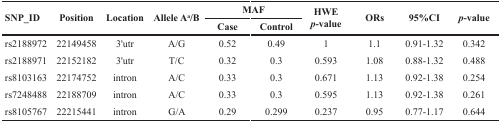
| <ROWSPAN=2> SNP_ID | <ROWSPAN=2> Position | <ROWSPAN=2> Location | <ROWSPAN=2> Allele Aa/B | <COLSPAN=2> MAF | <ROWSPAN=2> HWEp-value | <ROWSPAN=2> ORs | <ROWSPAN=2> 95%CI | <ROWSPAN=2> p-value |
 | Case | Control |
 | --- | --- | --- | --- | --- | --- | --- | --- | --- | --- |
 | rs2188972 | 22149458 | 3′utr | A/G | 0.52 | 0.49 | 1 | 1.1 | 0.91-1.32 | 0.342 |
 | rs2188971 | 22152182 | 3′utr | T/C | 0.32 | 0.3 | 0.593 | 1.08 | 0.88-1.32 | 0.488 |
 | rs8103163 | 22174752 | intron | A/C | 0.33 | 0.3 | 0.671 | 1.13 | 0.92-1.38 | 0.254 |
 | rs7248488 | 22188709 | intron | A/C | 0.33 | 0.3 | 0.595 | 1.13 | 0.92-1.38 | 0.261 |
 | rs8105767 | 22215441 | intron | G/A | 0.29 | 0.299 | 0.237 | 0.95 | 0.77-1.17 | 0.644 |